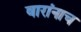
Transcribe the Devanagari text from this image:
वारांनाच